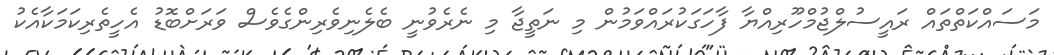
މަސައްކަތްތައް ރައީސުލްޖުމްހޫރިއްޔާ ފާހަގަކުރައްވަމުން މި ނަތީޖާ މި ނެރެވުނީ ބެލެނިވެރިންގެވެސް ވަރަށްބޮޑު އެހީތެރިކަމަކާއެކު